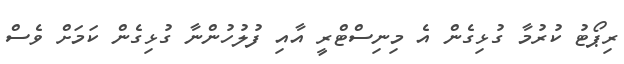
ރިޕޯޓު ކުރުމާ ގުޅިގެން އެ މިނިސްޓްރީ އާއި ފުލުހުންނާ ގުޅިގެން ކަމަށް ވެސް